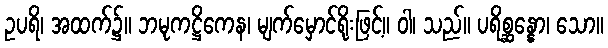
ဥပရိ၊ အထက်၌။ ဘမုကဋ္ဌိကေန၊ မျက်မှောင်ရိုးဖြင့်။ ဝါ၊ သည်။ ပရိစ္ဆန္နော၊ သော။